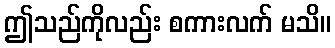
ဤသည်ကိုလည်း စကားလက် မသိ။